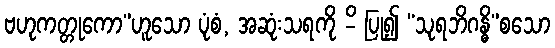
ဗဟုကတ္တုကော”ဟူသော ပုံစံ, အဆုံးသရကို -ိ ပြု၍ “သုရဘိဂန္ဓိ”စသော